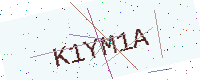
Text: K1YM1A